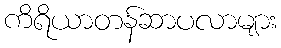
ကိရိယာတန်ဆာပလာများ